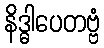
နိဒ္ဓါပေတဗ္ဗံ